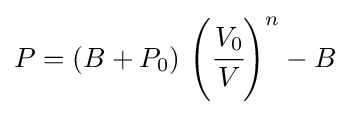
P=(B+P_{0})\,\left({\cfrac {V_{0}}{V}}\right)^{n}-B